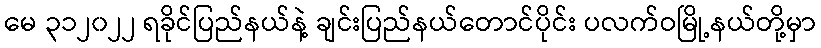
မေ ၃၁၂၀၂၂ ရခိုင်ပြည်နယ်နဲ့ ချင်းပြည်နယ်တောင်ပိုင်း ပလက်ဝမြို့နယ်တို့မှာ